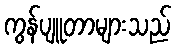
ကွန်ပျူတာများသည်